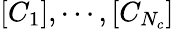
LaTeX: \left[C_{1}\right],\cdots,\left[C_{N_{c}}\right]